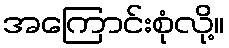
အကြောင်းစုံလို့။